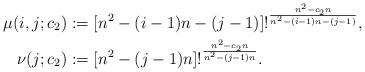
LaTeX: \begin{align*} \mu(i,j;c_2) &:= [n^2-(i-1)n-(j-1)]!^{\frac{n^2-c_2n}{n^2-(i-1)n-(j-1)}}, \\ \nu(j;c_2) &:= [n^2-(j-1)n]!^{\frac{n^2-c_2n}{n^2-(j-1)n}}. \end{align*}